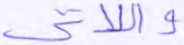
واللاتي